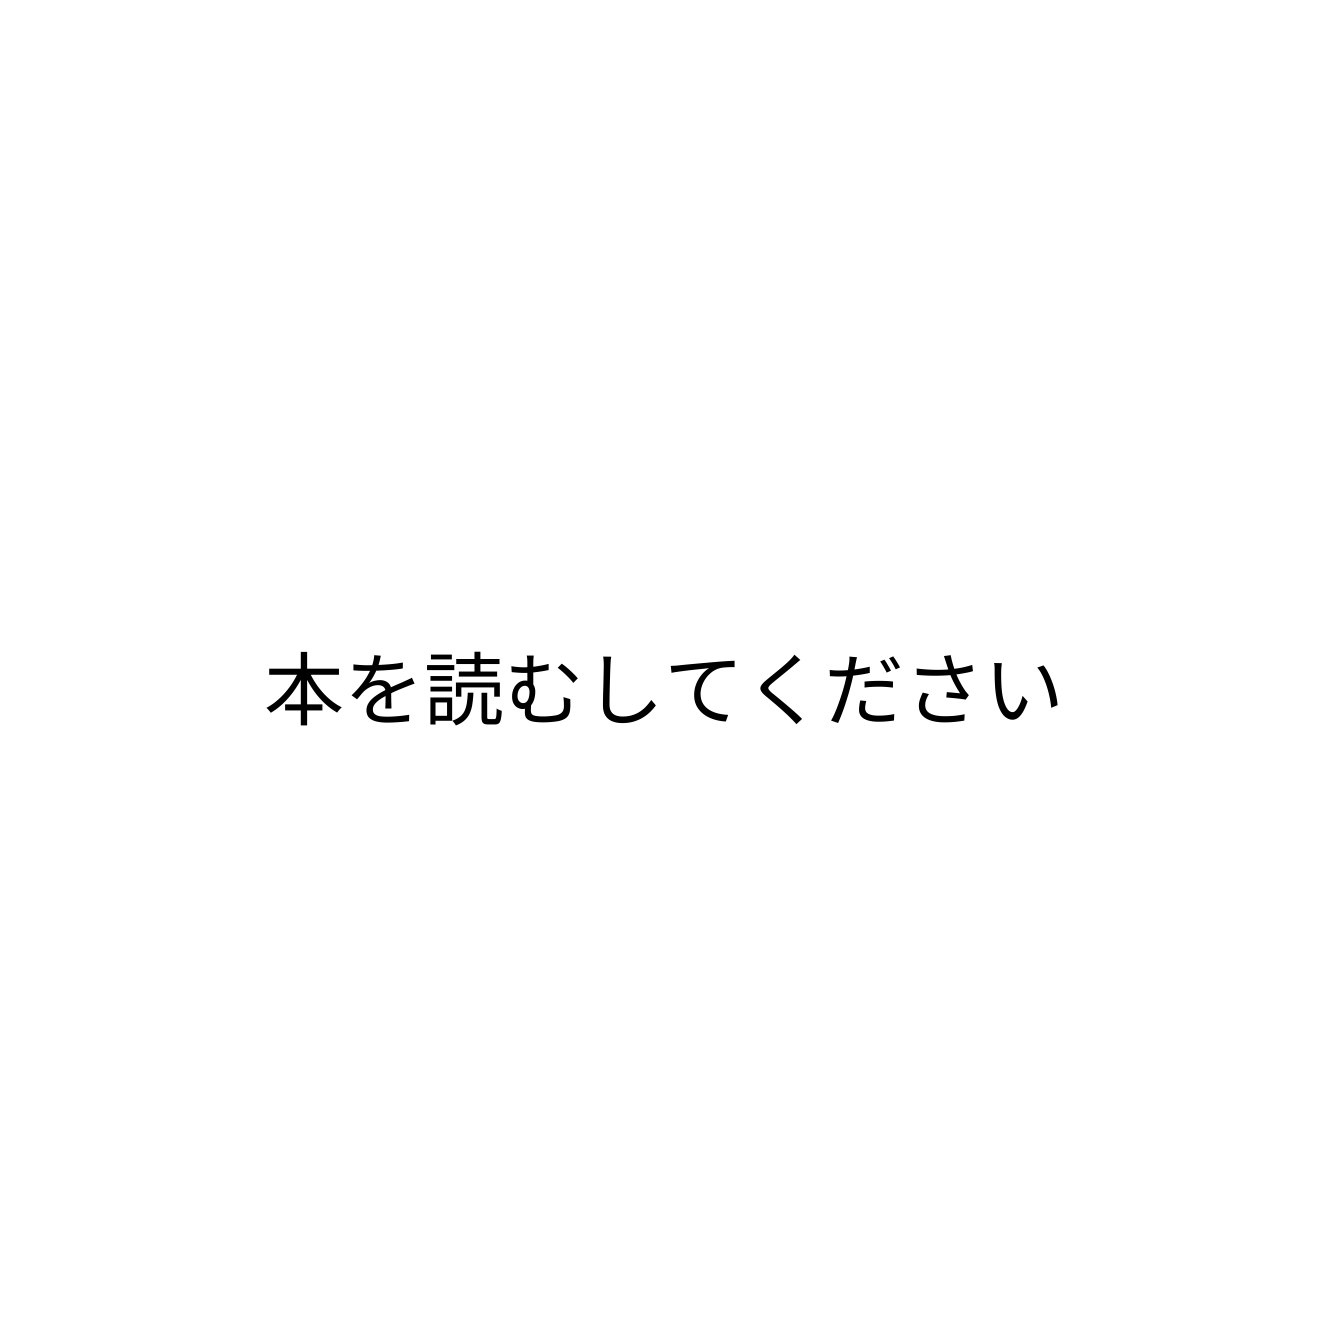
本を読むしてください